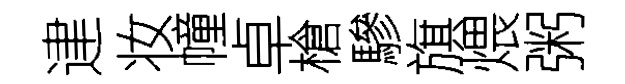
䢖妆幢卓槍驂旗煨粥